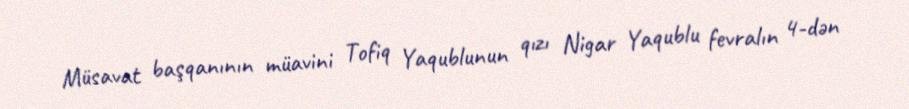
Müsavat başqanının müavini Tofiq Yaqublunun qızı Nigar Yaqublu fevralın 4-dən